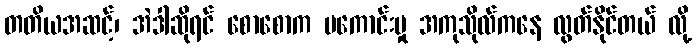
တတိယအဆင့်၊ အဲဒါဆိုရင် စောစောက မကောင်းမှု အကုသိုလ်ကနေ လွတ်နိုင်တယ် လို့